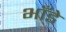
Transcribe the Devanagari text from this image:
भाँडे